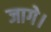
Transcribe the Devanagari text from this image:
जागे।